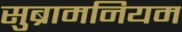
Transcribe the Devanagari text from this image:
सुब्रामनियम